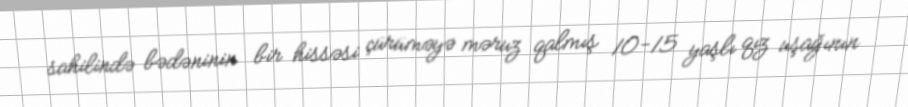
sahilində bədəninin bir hissəsi çürüməyə məruz qalmış 10-15 yaşlı qız uşağının